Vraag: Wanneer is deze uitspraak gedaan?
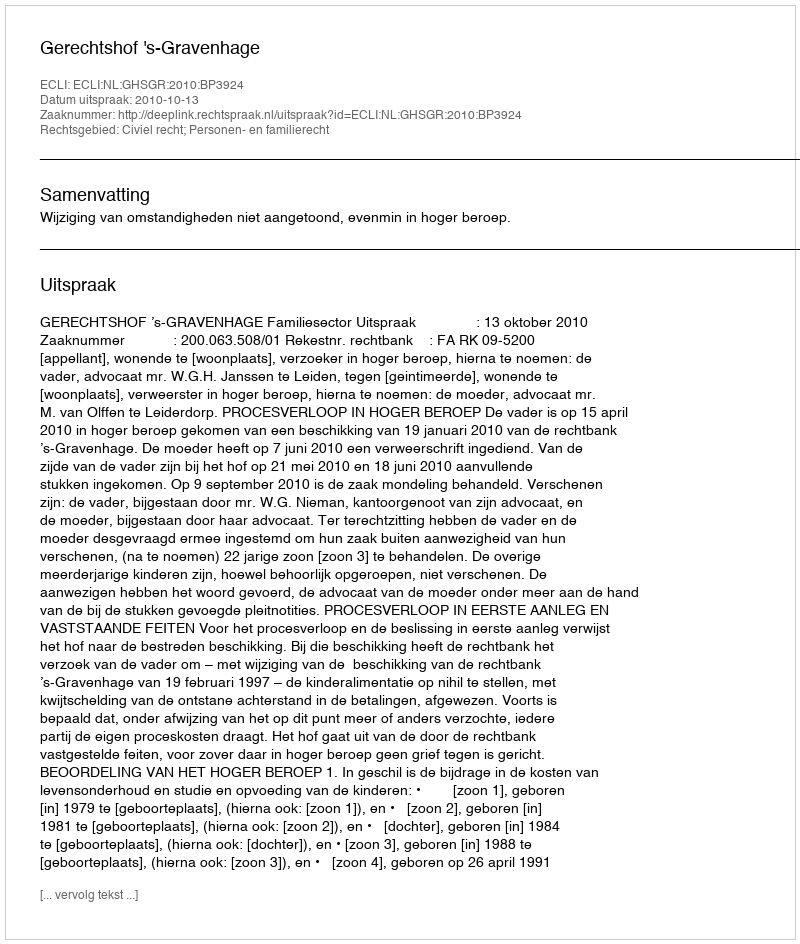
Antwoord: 2010-10-13